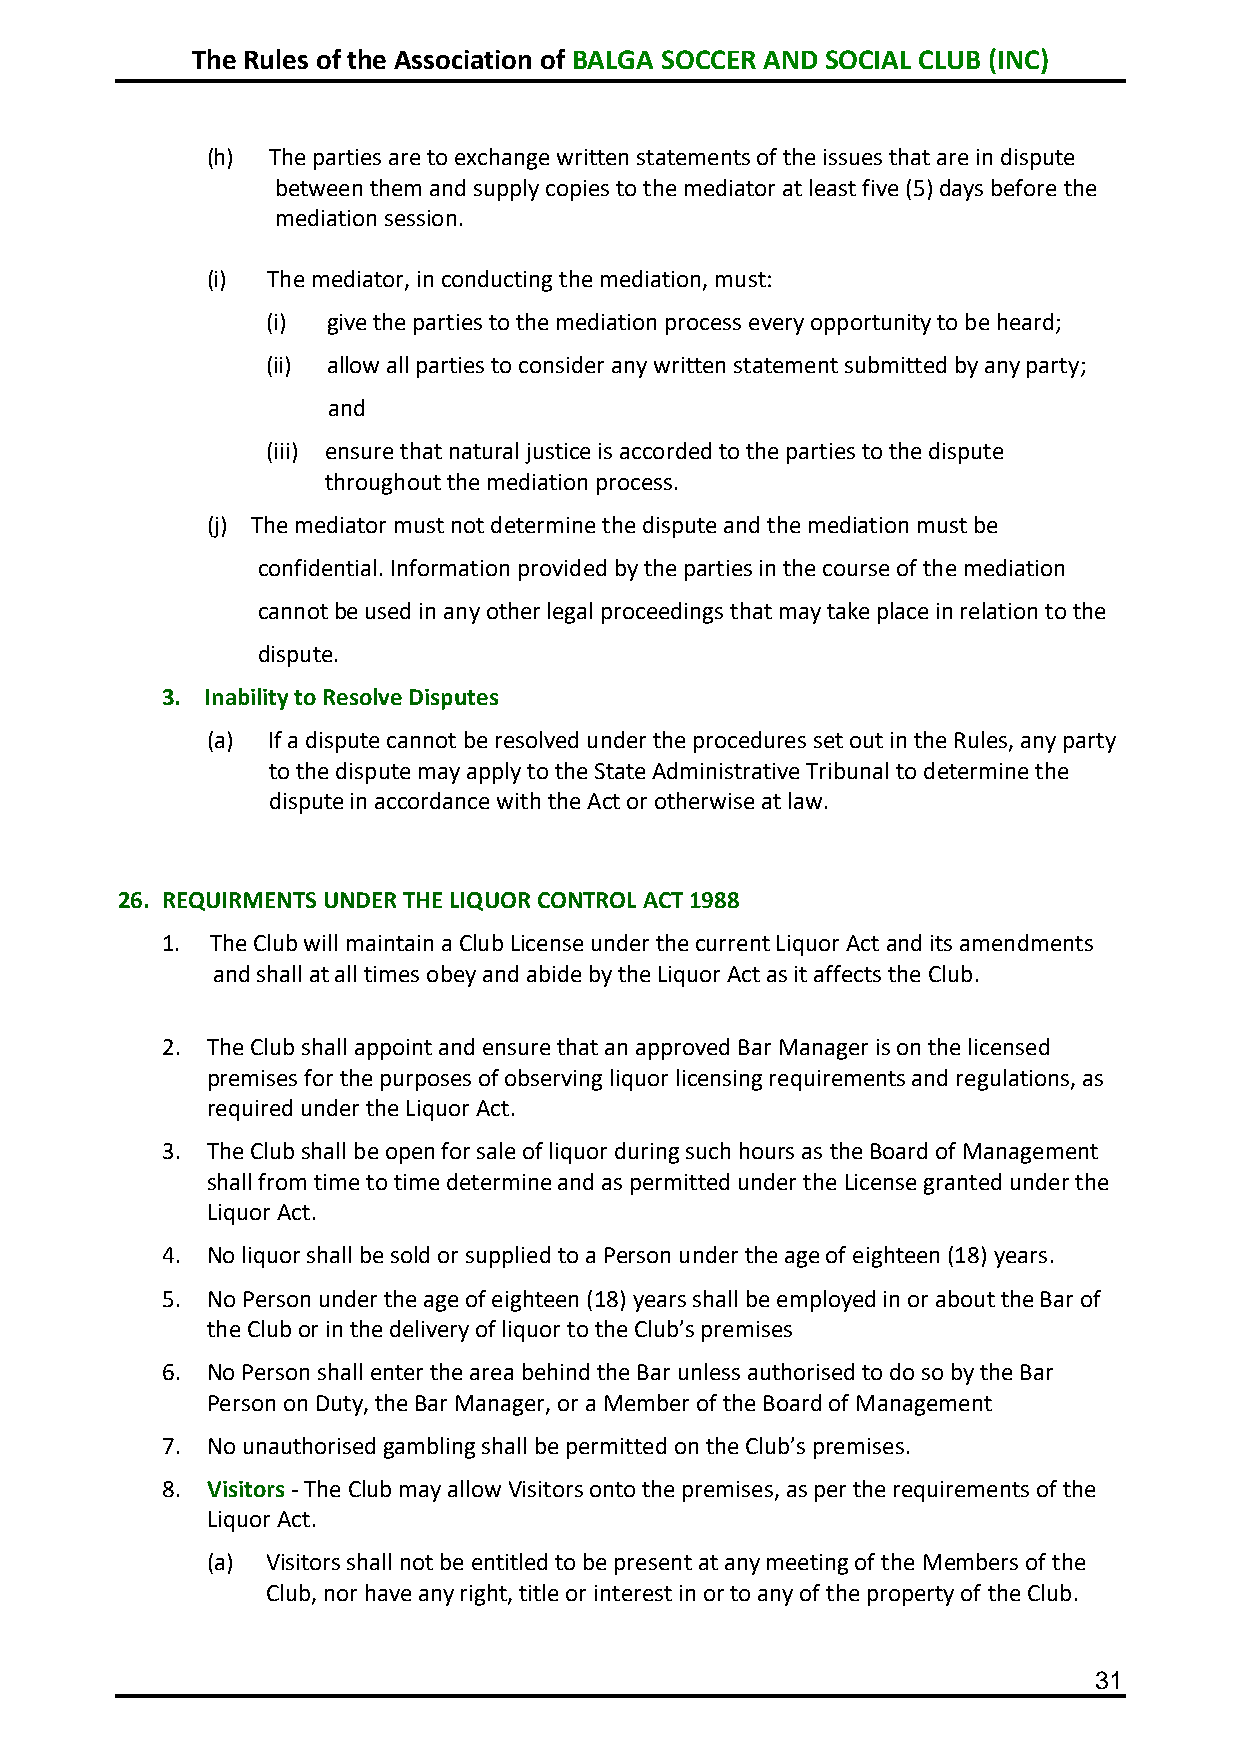
The Rules of the Association of BALGA SOCCER AND SOCIAL CLUB (INC)
 (h) The parties are to exchange written statements of the issues that are in dispute
 between them and supply copies to the mediator at least five (5) days before the
 mediation session.
 (i) The mediator, in conducting the mediation, must:
 (i) give the parties to the mediation process every opportunity to be heard;
 (ii) allow all parties to consider any written statement submitted by any party;
 and
 (iii) ensure that natural justice is accorded to the parties to the dispute
 throughout the mediation process.
 (j) The mediator must not determine the dispute and the mediation must be
 confidential. Information provided by the parties in the course of the mediation
 cannot be used in any other legal proceedings that may take place in relation to the
 dispute.
 3. Inability to Resolve Disputes
 (a) If a dispute cannot be resolved under the procedures set out in the Rules, any party
 to the dispute may apply to the State Administrative Tribunal to determine the
 dispute in accordance with the Act or otherwise at law.
 26. REQUIRMENTS UNDER THE LIQUOR CONTROL ACT 1988
 1. The Club will maintain a Club License under the current Liquor Act and its amendments
 and shall at all times obey and abide by the Liquor Act as it affects the Club.
 2. The Club shall appoint and ensure that an approved Bar Manager is on the licensed
 premises for the purposes of observing liquor licensing requirements and regulations, as
 required under the Liquor Act.
 3. The Club shall be open for sale of liquor during such hours as the Board of Management
 shall from time to time determine and as permitted under the License granted under the
 Liquor Act.
 4. No liquor shall be sold or supplied to a Person under the age of eighteen (18) years.
 5. No Person under the age of eighteen (18) years shall be employed in or about the Bar of
 the Club or in the delivery of liquor to the Club’s premises
 6. No Person shall enter the area behind the Bar unless authorised to do so by the Bar
 Person on Duty, the Bar Manager, or a Member of the Board of Management
 7. No unauthorised gambling shall be permitted on the Club’s premises.
 8. Visitors - The Club may allow Visitors onto the premises, as per the requirements of the
 Liquor Act.
 (a) Visitors shall not be entitled to be present at any meeting of the Members of the
 Club, nor have any right, title or interest in or to any of the property of the Club.
 31